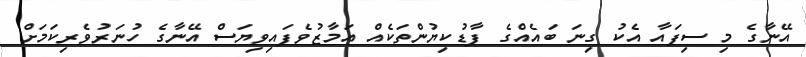
އޭނާގެ މި ސިފައާ އެކު ގިނަ ބައެއްގެ ފާޑުކިޔުންތަކެއް އަމާޒުވެފައިވިޔަސް އޭނާގެ ހުނަރުވެރިކަމަށް